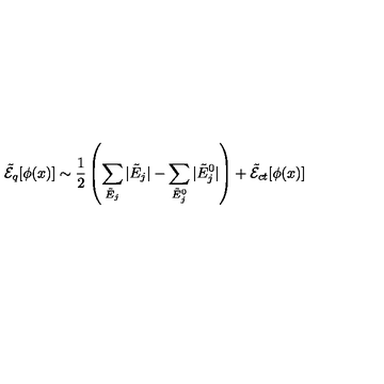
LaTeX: \tilde { \cal E } _ { q } [ \phi ( x ) ] \sim \frac { 1 } { 2 } \left( \sum _ { \tilde { E } _ { j } } | \tilde { E } _ { j } | - \sum _ { \tilde { E } _ { j } ^ { 0 } } | \tilde { E } _ { j } ^ { 0 } | \right) + \tilde { \cal E } _ { c t } [ \phi ( x ) ]